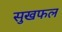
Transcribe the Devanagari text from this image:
सुखफल